Report on vaccination in Madras 1904-1921 - 1904-1921
Year: 1904
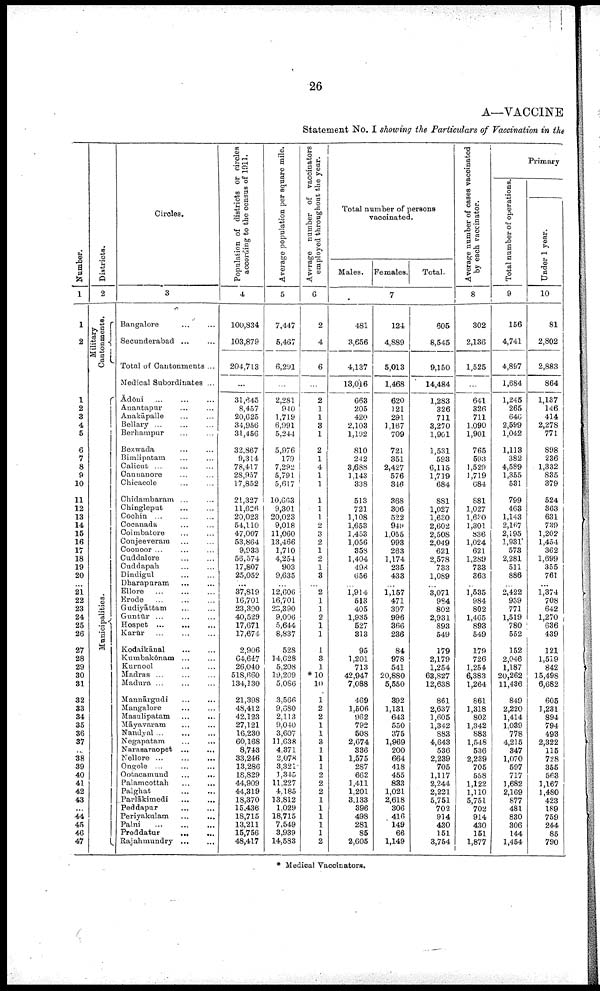
26
A—VACCINE
Statement No. I showing the Particulars of Vaccination in the
Number.
1
1
2
1
2
3
4
5
6
7
8
9
10
11
12
13
14
15
16
17
18
19
20
...
21
22
23
24
25
26
27
28
29
30
31
32
33
34
35
36
37
38
39
40
41
42
43
...
44
45
46
47
Districts.
2
Military
Cantonments.
Municipalities.
Circles.
3
Bangalore ... ...
Secunderabad ... ...
Total of Cantonments ...
Medical Subordinates ...
Ādōni ... ... ...
Anantapur ... ...
Anakapālle ... ...
Bellary ... ... ...
Berhampur ... ...
Bezwada ... ...
Bimlipatam ... ...
Calicut ...
Cannanore ... ...
Chicacole ... ...
Chidambaram ...
Chingleput ... ...
Cochin ...
Cocanada ... ...
Coimbatore ... ...
Conjeeveram ... ...
Coonoor ... ... ...
Cuddalore ... ...
Cuddapah ... ...
Dindigul ... ...
Dharapuram ... ...
Ellore
...
...
...
Erode
...
...
...
Gudiyāttam ... ...
Guntūr ... ... ...
Hospet ... ... ...
Karūr ... ... ...
Kodaikānal
...
...
Kumbakōnam ... ...
Kurnool ... ...
Madras ... ... ...
Madura ... ... ...
Mannārgudi ... ...
Mangalore ... ...
Masulipatam ... ...
Māyavaram ... ...
Nandyal
...
...
...
Negapatam ... ...
Narasaraopet
...
...
Nellore ... ... ...
Ongole ... ... ...
Ootacamund
...
...
Palamcottah
...
...
Palghat ... ...
Pavlākimedi ... ...
Peddapur
...
...
Periyakulam ... ...
Palni
...
...
...
Proddatur
...
...
Rajahmundry
...
...
Population of districts or circles
according to the census of 1911.
4
100,834
103,879
204,713
...
31,645
8,457
20,625
34,956
31,456
32,867
9,314
78,417
28,957
17,852
21,327
11,626
20,023
54,110
47,007
53,864
9,933
56,574
17,807
25,052
...
37,819
16,701
23,390
40,529
17,671
17,674
2,906
64,647
26,040
518,660
134,130
21,398
48,412
42,123
27,121
16,230
60,168
8,743
33,246
13,286
18,829
44,909
44,319
18,370
15,436
18,715
13,211
15,756
48,417
Average population per square mile.
5
7,447
5,467
6,291
...
2,281
940
1,719
6,991
5,244
5,976
179
7,292
5,791
5,617
10,663
9,301
20,023
9,018
11,060
13,466
1,710
4,254
903
9,635
...
12,606
16,701
23,390
9,006
5,644
8,837
528
14,628
5,208
19,209
5,086
3,566
9,680
2,113
9,040
3,607
11,638
4,371
2,078
3,321
1,345
11,227
4,185
13,812
1,029
18,715
7,549
3,939
14,583
Average number of vaccinators
employed throughout the year.
6
2
4
6
...
2
1
1
3
1
2
1
4
1
1
1
1
1
2
3
2
1
2
1
3
...
2
1
1
2
1
1
1
3
1
*10
10
1
2
2
1
1
3
1
1
1
2
2
2
1
1
1
1
1
2
Total number of persons
vaccinated.
Males. Females.
Total.
7
481
3,656
4,137
13,016
663
205
420
2,103
1,192
810
242
3,688
1,143
338
513
721
1,108
1,653
1,453
1,056
358
1,404
498
656
...
1,914
513
405
1,935
527
313
95
1,201
713
42,947
7,088
469
1,506
962
792
508
2,674
336
1,575
287
662
1,411
1,201
3,133
396
498
281
85
2,605
124
4,889
5,013
1,468
620
121
291
1,167
709
721
351
2,427
576
346
368
306
522
949
1,055
993
263
1,174
235
433
...
1,157
471
397
996
366
236
84
978
541
20,880
5,550
392
1,131
643
550
375
1,969
200
664
418
455
833
1,021
2,618
306
416
149
66
1,149
605
8,545
9,150
14,484
1,283
326
711
3,270
1,901
1,531
593
6,115
1,719
684
881
1,027
1,630
2,602
2,508
2,049
621
2,578
733
1,089
...
3,071
984
802
2,931
893
549
179
2,179
1,254
63,827
12,638
861
2,637
1,605
1,342
883
4,643
536
2,239
705
1,117
2,244
2,221
5,751
702
914
430
151
3,754
Average number of cases vaccinated
by each vaccinator.
8
302
2,136
1,525
...
641
326
711
1,090
1,901
765
593
1,529
1,719
684
881
1,027
1,680
1,301
836
1,024
621
1,289
733
363
...
1,535
984
802
1,465
893
549
179
726
1,254
6,383
1,264
861
1,318
802
1,342
883
1,548
536
2,239
705
558
1,122
1,110
5,751
702
914
430
151
1,877
Primary
Total number of operations.
9
156
4,741
4,897
1,684
1,245
265
646
2,599
1,042
1,113
382
4,589
1,355
531
799
463
1,143
2,167
2,195
1,931
573
2,281
511
886
...
2,422
959
771
1,519
780
552
152
2,046
1,187
20,262
11,436
849
2,220
1,414
1,039
778
4,215
347
1,070
597
717
1,682
2,169
877
481
830
306
144
1,454
Under 1 year.
10
81
2,802
2,883
864
1,137
146
414
2,278
771
898
236
1,332
835
379
524
363
631
739
1,202
1,454
362
1,699
355
761
...
1,374
708
642
1,270
636
439
121
1,519
842
15,498
6,682
605
1,231
894
794
493
2,322
115
728
355
563
1,167
1,480
423
189
759
244
85
790
* Medical Vaccinators.